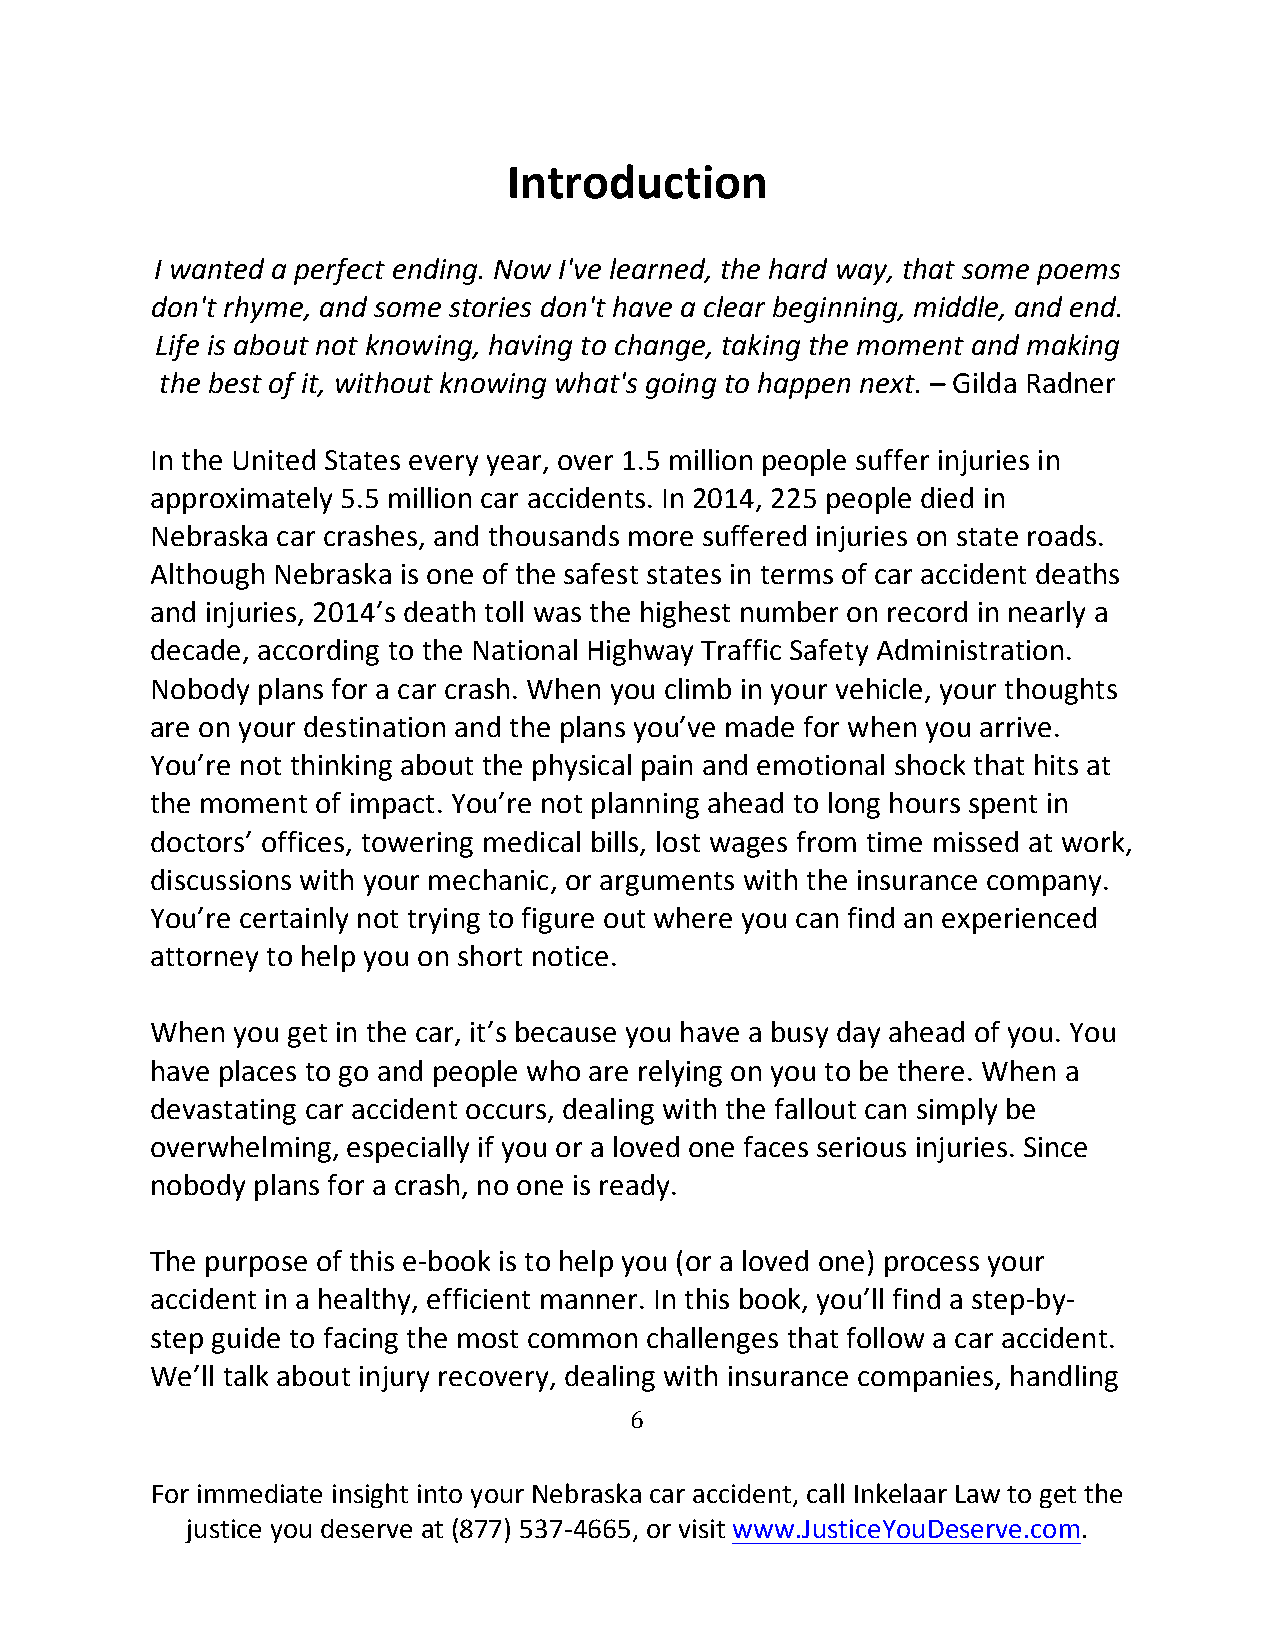
Introduction
 I wanted a perfect ending. Now I've learned, the hard way, that some poems
 don't rhyme, and some stories don't have a clear beginning, middle, and end.
 Life is about not knowing, having to change, taking the moment and making
 the best of it, without knowing what's going to happen next. – Gilda Radner
 In the United States every year, over 1.5 million people suffer injuries in
 approximately 5.5 million car accidents. In 2014, 225 people died in
 Nebraska car crashes, and thousands more suffered injuries on state roads.
 Although Nebraska is one of the safest states in terms of car accident deaths
 and injuries, 2014’s death toll was the highest number on record in nearly a
 decade, according to the National Highway Traffic Safety Administration.
 Nobody plans for a car crash. When you climb in your vehicle, your thoughts
 are on your destination and the plans you’ve made for when you arrive.
 You’re not thinking about the physical pain and emotional shock that hits at
 the moment of impact. You’re not planning ahead to long hours spent in
 doctors’ offices, towering medical bills, lost wages from time missed at work,
 discussions with your mechanic, or arguments with the insurance company.
 You’re certainly not trying to figure out where you can find an experienced
 attorney to help you on short notice.
 When you get in the car, it’s because you have a busy day ahead of you. You
 have places to go and people who are relying on you to be there. When a
 devastating car accident occurs, dealing with the fallout can simply be
 overwhelming, especially if you or a loved one faces serious injuries. Since
 nobody plans for a crash, no one is ready.
 The purpose of this e-book is to help you (or a loved one) process your
 accident in a healthy, efficient manner. In this book, you’ll find a step-by-
 step guide to facing the most common challenges that follow a car accident.
 We’ll talk about injury recovery, dealing with insurance companies, handling
 6
 For immediate insight into your Nebraska car accident, call Inkelaar Law to get the
 justice you deserve at (877) 537-4665, or visit www.JusticeYouDeserve.com.